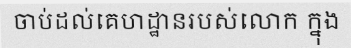
ចាប់ដល់គេហដ្ឋានរបស់លោក ក្នុង